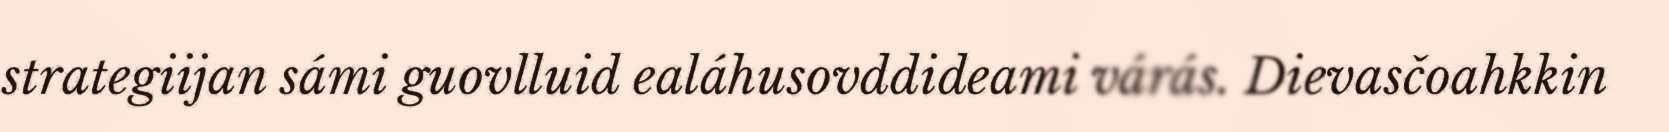
strategiijan sámi guovlluid ealáhusovddideami várás. Dievasčoahkkin